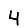
Digit: 4